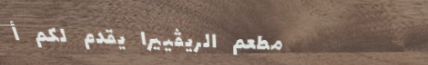
مطعم الريڤييرا يقدم لكم أ